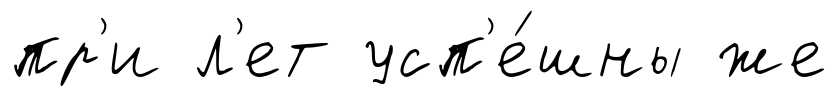
пр'и л'ет усп'е́шны же